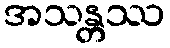
အသန္တဿ